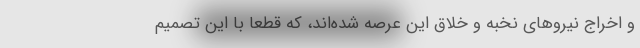
و اخراج نیروهای نخبه و خلاق این عرصه شده‌اند، که قطعاً با این تصمیم